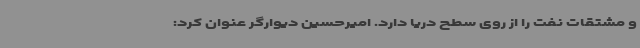
و مشتقات نفت را از روی سطح دریا دارد. امیرحسین دیوارگر عنوان کرد: